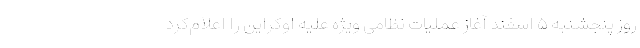
روز پنجشنبه ۵ اسفند آغاز عملیات نظامی ویژه علیه اوکراین را اعلام‌کرد